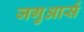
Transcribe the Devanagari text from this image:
जगुआर्स